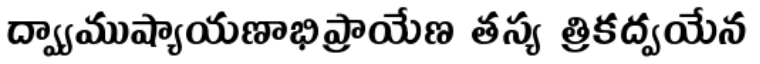
ద్వ్యాముష్యాయణాభిప్రాయేణ తస్య త్రికద్వయేన